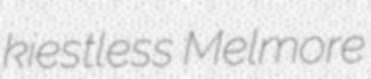
kiestless Melmore